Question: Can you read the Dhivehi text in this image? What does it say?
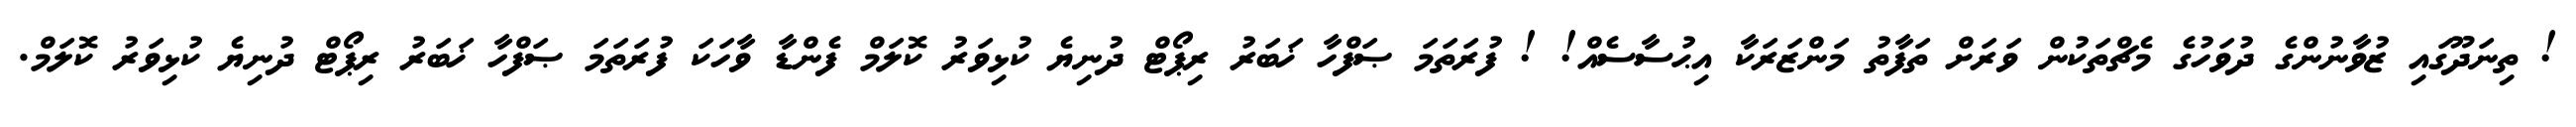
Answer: ! ތިނަދޫގައި ޒުވާނުންގެ ދުވަހުގެ މެޗްތަކުން ވަރަށް ތަފާތު މަންޒަރަކާ އިޙުސާސެއް! ! ފުރަތަމަ ޞަފްހާ ޚަބަރު ރިޕޯޓް ދުނިޔެ ކުޅިވަރު ކޮލަމް ފެންޑާ ވާހަކަ ފުރަތަމަ ޞަފްހާ ޚަބަރު ރިޕޯޓް ދުނިޔެ ކުޅިވަރު ކޮލަމް.